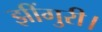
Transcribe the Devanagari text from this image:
झींगुरी।